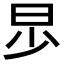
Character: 𣌤